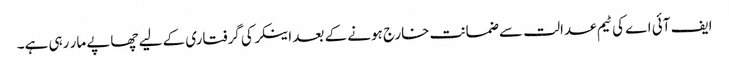
ایف آئی اے کی ٹیم عدالت سے ضمانت خارج ہونے کے بعد اینکر کی گرفتاری کے لیے چھاپے مار رہی ہے۔